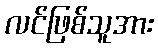
လင်ဖြစ်သူအား